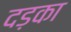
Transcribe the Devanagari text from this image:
दड़का